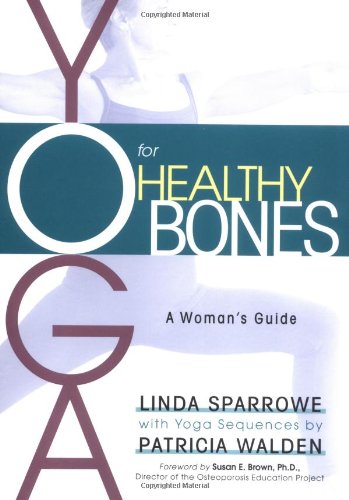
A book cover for Yoga for Healthy Bones: A Woman's Guide; Linda Sparrowe; Health, Fitness & Dieting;